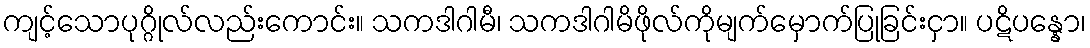
ကျင့်သောပုဂ္ဂိုလ်လည်းကောင်း။ သကဒါဂါမီ၊ သကဒါဂါမိဖိုလ်ကိုမျက်မှောက်ပြုခြင်းငှာ။ ပဋိပန္နော၊